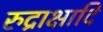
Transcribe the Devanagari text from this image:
रुद्राक्षादि